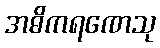
အဓိကရဏေသု